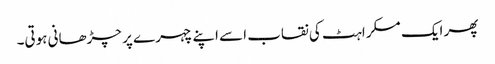
پھر ایک مسکراہٹ کی نقاب اسے اپنے چہرے پر چڑھانی ہوتی۔